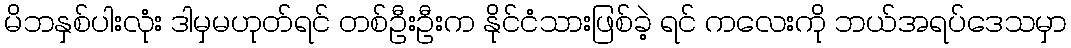
မိဘနှစ်ပါးလုံး ဒါမှမဟုတ်ရင် တစ်ဦးဦးက နိုင်ငံသားဖြစ်ခဲ့ ရင် ကလေးကို ဘယ်အရပ်ဒေသမှာ